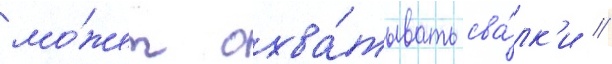
мо́жет охва́тывать сва́лк'и //